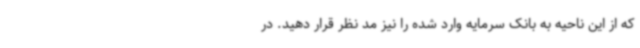
که از این ناحیه به بانک سرمایه وارد شده را نیز مد نظر قرار دهید. در